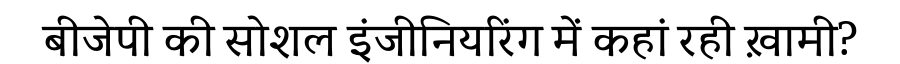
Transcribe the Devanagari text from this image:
बीजेपी की सोशल इंजीनियरिंग में कहां रही ख़ामी?